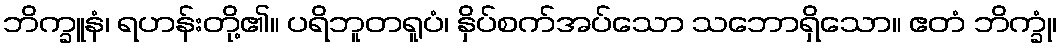
ဘိက္ခူနံ၊ ရဟန်းတို့၏။ ပရိဘူတရူပံ၊ နှိပ်စက်အပ်သော သဘောရှိသော။ ဧတံ ဘိက္ခုံ၊